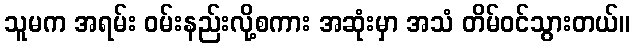
သူမက အရမ်း ဝမ်းနည်းလို့စကား အဆုံးမှာ အသံ တိမ်ဝင်သွားတယ်။